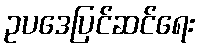
ဥပဒေပြင်ဆင်ရေး